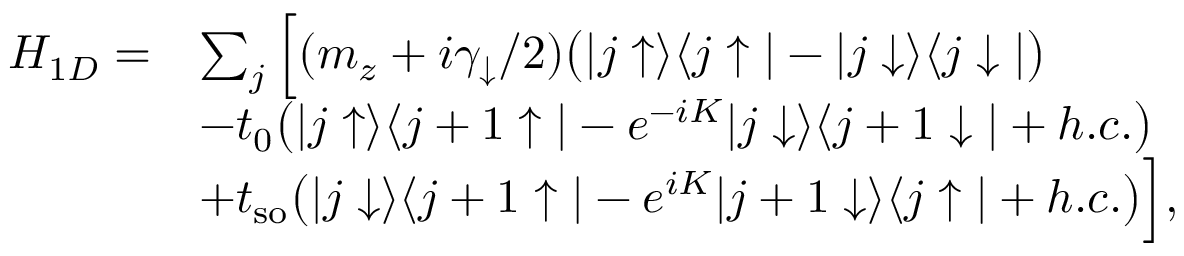
\begin{array} { r l } { H _ { 1 D } = } & { \sum _ { j } \Big [ ( m _ { z } + i \gamma _ { \downarrow } / 2 ) \bigr ( | j \uparrow \rangle \langle j \uparrow | - | j \downarrow \rangle \langle j \downarrow | \bigr ) } \\ & { - t _ { 0 } \bigr ( | j \uparrow \rangle \langle j + 1 \uparrow | - e ^ { - i K } | j \downarrow \rangle \langle j + 1 \downarrow | + h . c . \bigr ) } \\ & { + t _ { \mathrm { s o } } \bigr ( | j \downarrow \rangle \langle j + 1 \uparrow | - e ^ { i K } | j + 1 \downarrow \rangle \langle j \uparrow | + h . c . \bigr ) \Big ] , } \end{array}